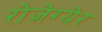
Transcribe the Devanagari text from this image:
रोज़ेग्येर